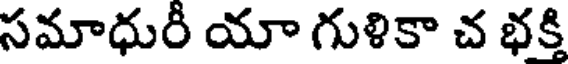
సమాధురీ యా గుళికా చ భక్తి